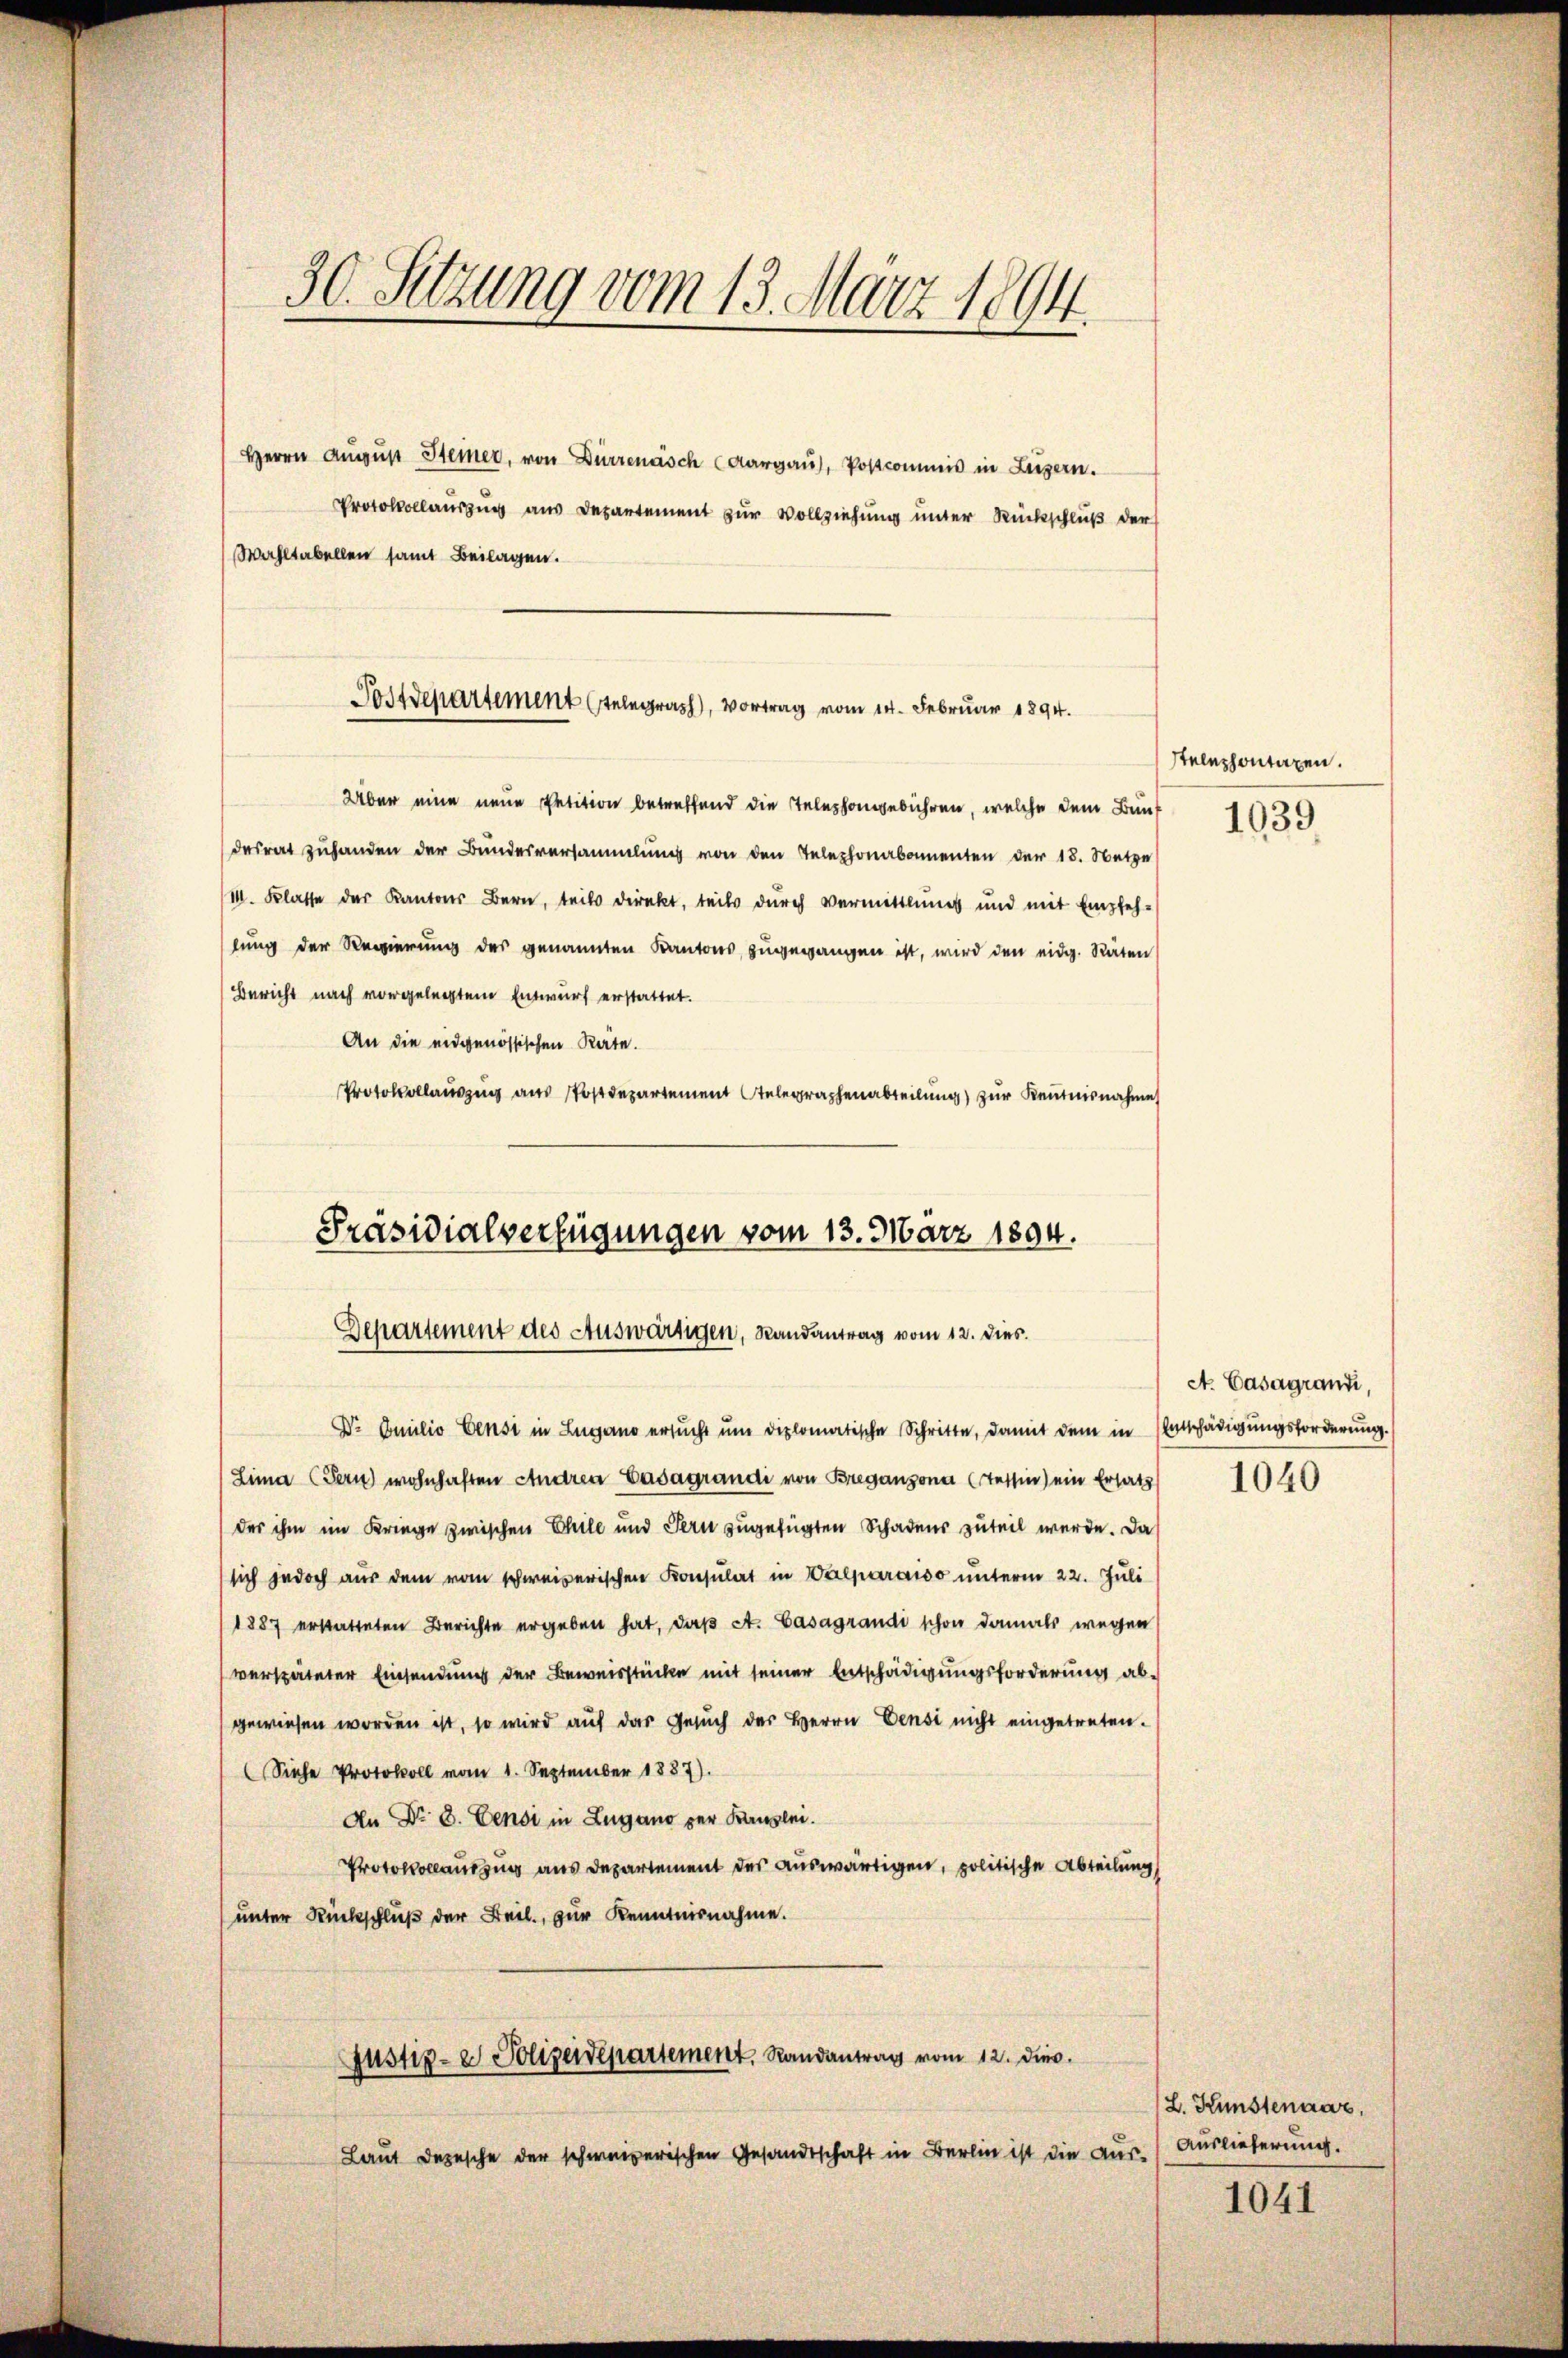
30. Setzung vom 13. März 1894

Herrn August Steiner, von Dürrenasch (Aargau), Postcommis in Liegern.
Protokollauszug aus Departement zur Vollziehung unter Rückschluß der
Wahltabellen samt Beilagen.

Postdepartement teler, Vortrag vom 14. Februar 1894.

Über eine neue Petition betreffend die Telephongebühren, welche dem Bunf
desrat zuhanden der Bundesversammlung von den Telephonabamenten der 18. Netze
I. Klasse der Kantons Bern, teils direkt, teils durch vermittlings und mit Empfehlung der Regierung des genannten Kantons zugegangen ist, wird den eidg. Räten
Bericht nach vorgelegtem Entwurf erstattet.
An die eidgenössischen Räte.
Protokolauszug aus Postdepartement telegraphenabteilung) zur Kenntnisnahme
Dr Emilio Censi in Lugano ersucht um diplomatische Schritte, damit dem in Entschädigungsforderung.
(Lima (Tern) wohnhaften Andren Casagrandi von Breganzona (Tessin) ein Ersatz
der ihm im Kriege zwischen Chile und Tern zugefügten Schadens zuteil werde. Da
sich jedoch aus dem vom schweizerischen Konsulat in Valparaiso unterm 22. Juli
1887 erstatteten Berichte ergeben hat, daβ At. Casagrandi schon damals wegen
verspäteter Einsendung der Beweisstücke mit seiner Entschädigungsforderung abgewiesen worden ist, so wird auf das Gesuch der Herrn Censi nicht eingetreten.
(Siehe Protokoll vom 1. September 1887).
An Dr. C. Censi in Zugano der Kanzlei.
Protokollauszug aus Departement des auswärtigen, politische Abteilung
unter Rückschluß der Beil, zur Kenntnisnahme.
justiz- & Polizeidepartement. Randantrag vom 12. dies
Laut Depesche der schweizerischen Gesandtschaft in Berlin ist die Aus-

Präsidialverfügungen vom 13. März 1804.
Departement des Auswärtigen, Randantrag vom 12. dies.

Stelephontagen.
1039

A. Casagrand,

1040

(L. Kunstenaar,
Auslieferung.

1041